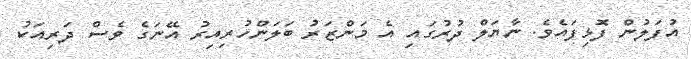
އުފަލުން ފޮޅިފައެވެ. ނާޔަލް ދުރުގައި އެ މަންޒަރު ބަލަންހުރިއިރު އޭނަގެ ވެސް ދަރިއަކު